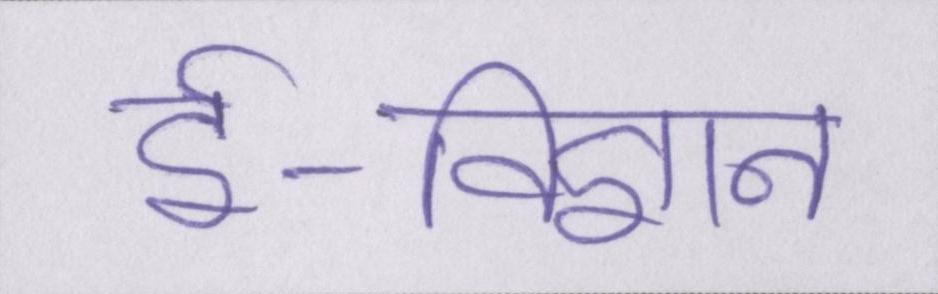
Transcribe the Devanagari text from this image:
ई-विज्ञान